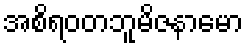
အစိရဝတဘူမိဇနာမော